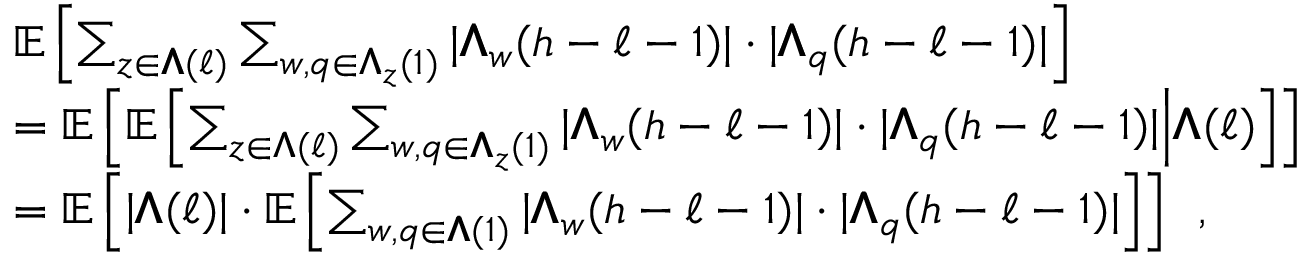
\begin{array} { r l } & { { \mathbb { E } \left[ \sum _ { z \in { \pmb { \Lambda } } ( \ell ) } \sum _ { w , q \in { \pmb { \Lambda } } _ { z } ( 1 ) } | { \pmb { \Lambda } } _ { w } ( h - \ell - 1 ) | \cdot | { \pmb { \Lambda } } _ { q } ( h - \ell - 1 ) | \right] } } \\ & { = \mathbb { E } \left[ { \mathbb { E } \left[ \sum _ { z \in { \pmb { \Lambda } } ( \ell ) } \sum _ { w , q \in { \pmb { \Lambda } } _ { z } ( 1 ) } | { \pmb { \Lambda } } _ { w } ( h - \ell - 1 ) | \cdot | { \pmb { \Lambda } } _ { q } ( h - \ell - 1 ) | \middle | { \pmb { \Lambda } } ( \ell ) \right] } \right] } \\ & { = \mathbb { E } \left[ | { \pmb { \Lambda } } ( \ell ) | \cdot { \mathbb { E } \left[ \sum _ { w , q \in { \pmb { \Lambda } } ( 1 ) } | { \pmb { \Lambda } } _ { w } ( h - \ell - 1 ) | \cdot | { \pmb { \Lambda } } _ { q } ( h - \ell - 1 ) | \right] } \right] \enspace , } \end{array}